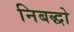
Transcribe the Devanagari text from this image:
निबद्धो